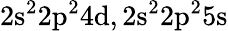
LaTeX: \mathrm{2s^{2}2p^{2}4d,2s^{2}2p^{2}5s}